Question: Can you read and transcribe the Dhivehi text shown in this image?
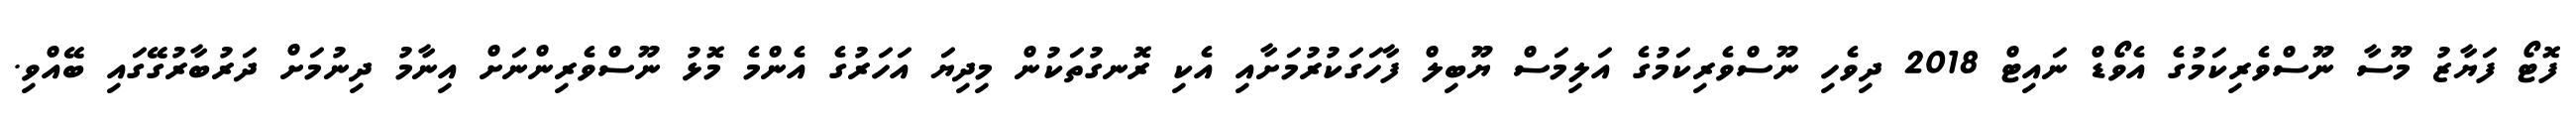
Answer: ފޮޓޯ ފަޔާޒު މޫސާ ނޫސްވެރިކަމުގެ އެވޯޑް ނައިޓް 2018 ދިވެހި ނޫސްވެރިކަމުގެ އަލިމަސް ޔޫބިލް ފާހަގަކުރުމަށާއި އެކި ރޮނގުތަކުން މިދިޔަ އަހަރުގެ އެންމެ މޮޅު ނޫސްވެރިންނަށް އިނާމު ދިނުމަށް ދަރުބާރުގޭގައި ބޭއްވި.